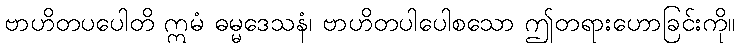
ဗာဟိတပပေါတိ ဣမံ ဓမ္မဒေသနံ၊ ဗာဟိတပါပေါစသော ဤတရားဟောခြင်းကို။